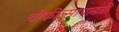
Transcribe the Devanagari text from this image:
चीकीत्सापाढती